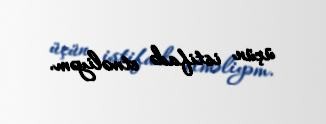
üçün istifadə etməliyəm.